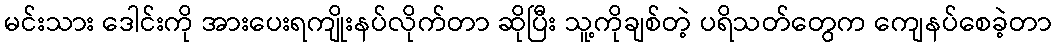
မင်းသား ဒေါင်းကို အားပေးရကျိုးနပ်လိုက်တာ ဆိုပြီး သူ့ကိုချစ်တဲ့ ပရိသတ်တွေက ကျေနပ်စေခဲ့တာ